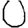
Digit: 0